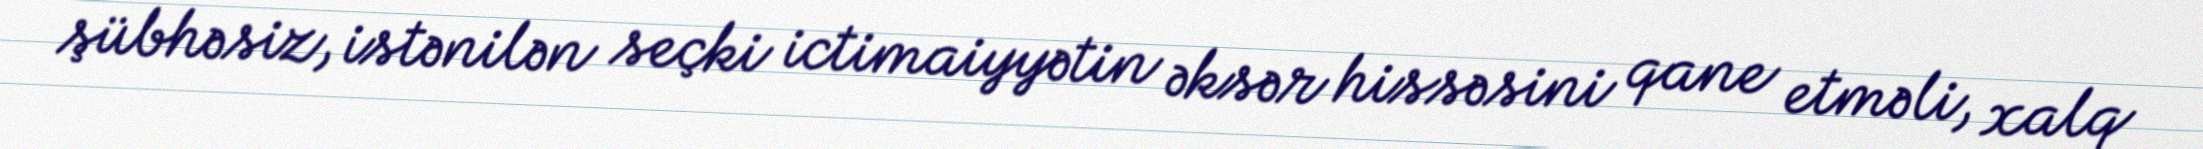
şübhəsiz, istənilən seçki ictimaiyyətin əksər hissəsini qane etməli, xalq